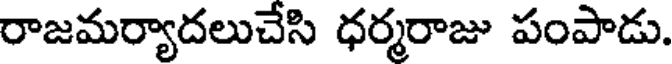
రాజమర్యాదలుచేసి ధర్మరాజు పంపాడు.